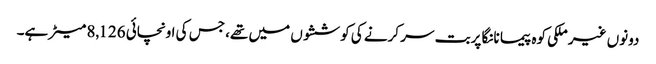
دونوں غیر ملکی کوہ پیما نانگا پربت سر کرنے کی کوششوں میں تھے، جس کی اونچائی 8,126 میٹر ہے۔